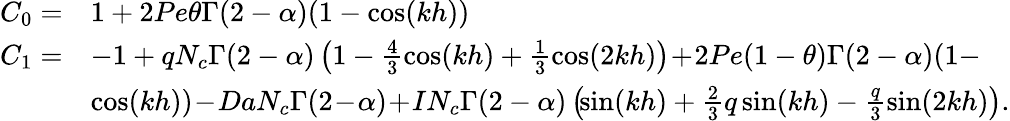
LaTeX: \begin{array}{rl}{C_{0}=}&{1+2Pe\theta\Gamma{(2-\alpha)}(1-\cos(kh))}\\ {C_{1}=}&{-1+qN_{c}\Gamma(2-\alpha)\left(1-\frac{4}{3}\cos(kh)+\frac{1}{3}\cos(2kh)\right)\! +\! 2Pe(1-\theta)\Gamma(2-\alpha)(1-}\\ &{\cos(kh))\! -\! DaN_{c}\Gamma(2\! -\! \alpha)\! +\! IN_{c}\Gamma(2-\alpha)\left(\! \sin(kh)+\frac{2}{3}q\sin(kh)-\frac{q}{3}\sin(2kh)\right).}\end{array}